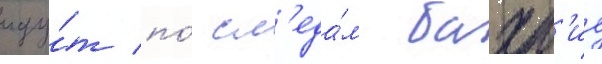
иду́т по́ сл'еда́м бахр'ие